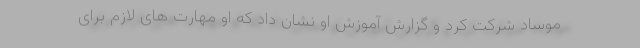
موساد شرکت کرد و گزارش آموزش او نشان داد که او مهارت های لازم برای